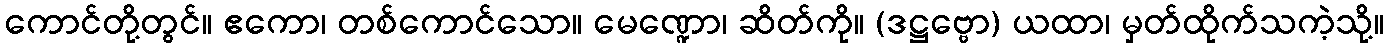
ကောင်တို့တွင်။ ဧကော၊ တစ်ကောင်သော။ မေဏ္ဍော၊ ဆိတ်ကို။ (ဒဋ္ဌဗ္ဗော) ယထာ၊ မှတ်ထိုက်သကဲ့သို့။